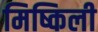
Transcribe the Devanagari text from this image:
मिष्किली